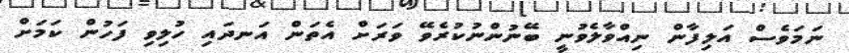
ނަމަވެސް އަލިފާން ނިއްވާލެވުނީ ބޭނުންނުކުރެވޭ ވަރަށް އެތަން އަނދައި ހުލިވި ފަހުން ކަމަށް